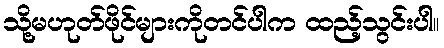
သို့မဟုတ်ဖိုင်များကိုတင်ပါက ထည့်သွင်းပါ။